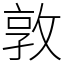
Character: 敦